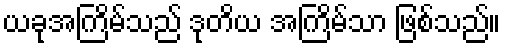
ယခုအကြိမ်သည် ဒုတိယ အကြိမ်သာ ဖြစ်သည်။